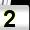
Digit: 2